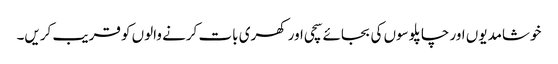
خوشامدیوں اور چاپلوسوں کی بجائے سچی اور کھری بات کرنے والوں کو قریب کریں۔